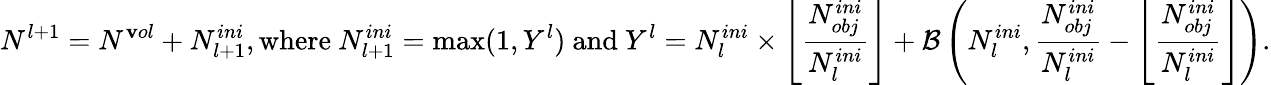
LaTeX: N^{l+1}=N^{\mathbf{v}ol}+N_{l+1}^{ini},\mathrm{{where~}}N_{l+1}^{ini}=\operatorname*{max}(1,Y^{l})\mathrm{{~and~}}Y^{l}=N_{l}^{ini}\times\left\lfloor\frac{{N_{obj}^{ini}}}{{N_{l}^{ini}}}\right\rfloor+\mathcal{{B}}\left(N_{l}^{ini},\frac{{N_{obj}^{ini}}}{{N_{l}^{ini}}}-\left\lfloor\frac{{N_{obj}^{ini}}}{{N_{l}^{ini}}}\right\rfloor\right).